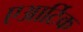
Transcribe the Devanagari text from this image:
एआर्टिक